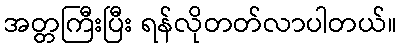
အတ္တကြီးပြီး ရန်လိုတတ်လာပါတယ်။